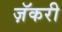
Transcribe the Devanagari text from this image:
ज़ॅकरी